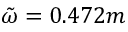
\tilde { \omega } = 0 . 4 7 2 m